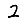
Digit: 2